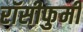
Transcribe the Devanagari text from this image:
रॉसीफुमी